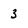
Character: 3